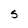
Character: S